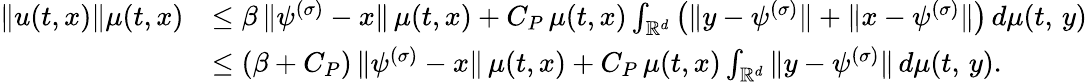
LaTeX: \begin{array}{rl}{\| u(t,x)\| \mu(t,x)}&{\leq\beta\, \| \psi^{(\sigma)}-x\| \, \mu(t,x)+C_{P}\, \mu(t,x)\int_{\mathbb{R}^{d}}\left(\| y-\psi^{(\sigma)}\| +\| x-\psi^{(\sigma)}\| \right)\, d\mu(t,\, y)}\\ &{\leq(\beta+C_{P})\, \| \psi^{(\sigma)}-x\| \, \mu(t,x)+C_{P}\, \mu(t,x)\int_{\mathbb{R}^{d}}\| y-\psi^{(\sigma)}\| \, d\mu(t,\, y).}\end{array}